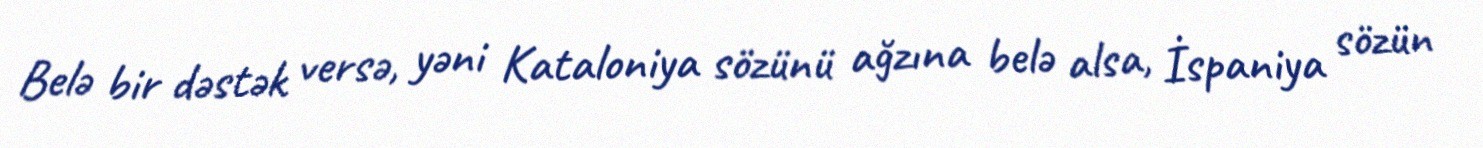
Belə bir dəstək versə, yəni Kataloniya sözünü ağzına belə alsa, İspaniya sözün